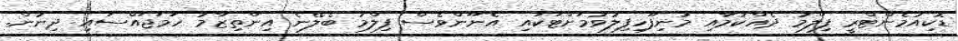
ޑޮކިއުމެންޓްރީ ފިލްމު ދެއްކުމާއި މުނިފޫހިފިލުވުމަށްޓަކައި އެނޫންވެސް ފިލްމު ބެލޭނެ އިންތިޒާމު ހަމަޖައްސައި ދިނުން.